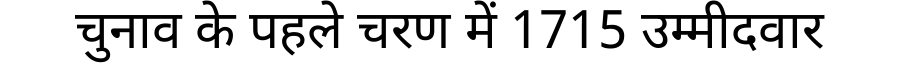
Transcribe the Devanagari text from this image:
चुनाव के पहले चरण में 1715 उम्मीदवार